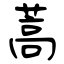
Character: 蒿